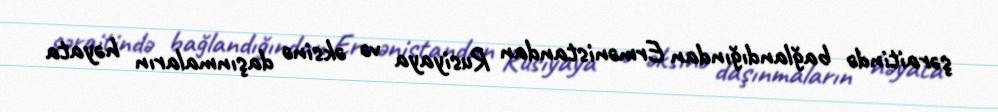
şəraitində bağlandığından Ermənistandan Rusiyaya və əksinə daşınmaların həyata